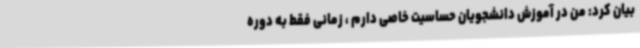
بیان کرد: من در آموزش دانشجویان حساسیت خاصی دارم ، زمانی فقط به دوره